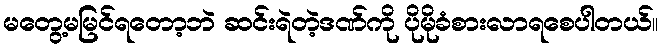
မတွေ့မမြင်ရတော့ဘဲ ဆင်းရဲတဲ့ဒဏ်ကို ပိုမိုခံစားလာရစေပါတယ်။